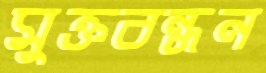
মুক্তবন্ধন